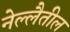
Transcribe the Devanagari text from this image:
नेल्लैतील